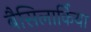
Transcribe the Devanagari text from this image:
बैसिलार्किया